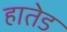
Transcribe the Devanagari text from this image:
हातेड